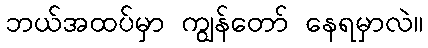
ဘယ်အထပ်မှာ ကျွန်တော် နေရမှာလဲ။